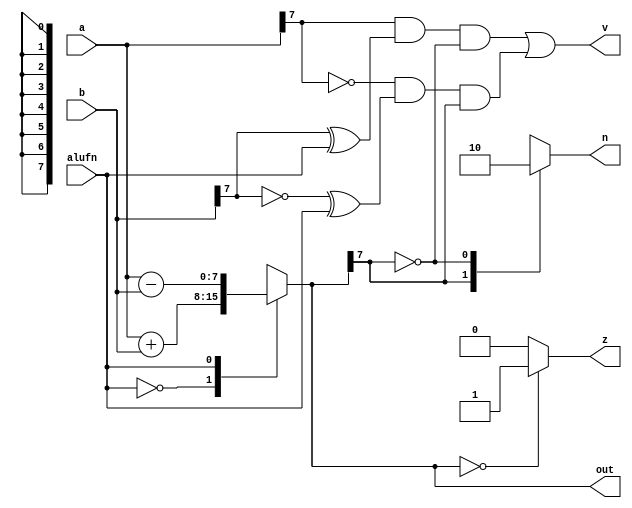
/*
   This file was generated automatically by the Mojo IDE version B1.3.5.
   Do not edit this file directly. Instead edit the original Lucid source.
   This is a temporary file and any changes made to it will be destroyed.
*/

module adder_34 (
    input [7:0] a,
    input [7:0] b,
    input alufn,
    output reg [7:0] out,
    output reg z,
    output reg v,
    output reg n
  );
  
  
  
  reg [7:0] outp;
  
  always @* begin
    
    case (alufn)
      1'h0: begin
        outp = a + b;
      end
      1'h1: begin
        outp = a - b;
      end
      default: begin
        outp = 1'h0;
      end
    endcase
    
    case (outp[7+0-:1])
      1'h1: begin
        n = 1'h1;
      end
      1'h0: begin
        n = 1'h0;
      end
      default: begin
        n = 1'h0;
      end
    endcase
    if (outp == 8'h00) begin
      z = 1'h1;
    end else begin
      z = 1'h0;
    end
    v = a[7+0-:1] & (b[7+0-:1] ^ alufn) & (~outp[7+0-:1]) | (~a[7+0-:1]) & (~b[7+0-:1] ^ alufn) & outp[7+0-:1];
    out = outp;
  end
endmodule